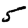
Digit: 5